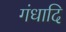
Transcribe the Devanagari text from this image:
गंधादि